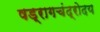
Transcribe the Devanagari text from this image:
षड्रागचंद्रोदय